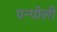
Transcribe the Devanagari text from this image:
पन्पोली